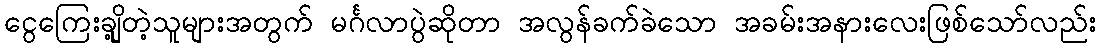
ငွေကြေးချို့တဲ့သူများအတွက် မင်္ဂလာပွဲဆိုတာ အလွန်ခက်ခဲသော အခမ်းအနားလေးဖြစ်သော်လည်း